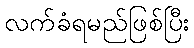
လက်ခံရမည်ဖြစ်ပြီး